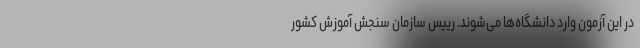
در این آزمون وارد دانشگاه‌ها می‌شوند. رییس سازمان سنجش آموزش کشور